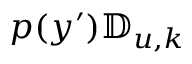
p ( y ^ { \prime } ) \mathbb { D } _ { u , k }